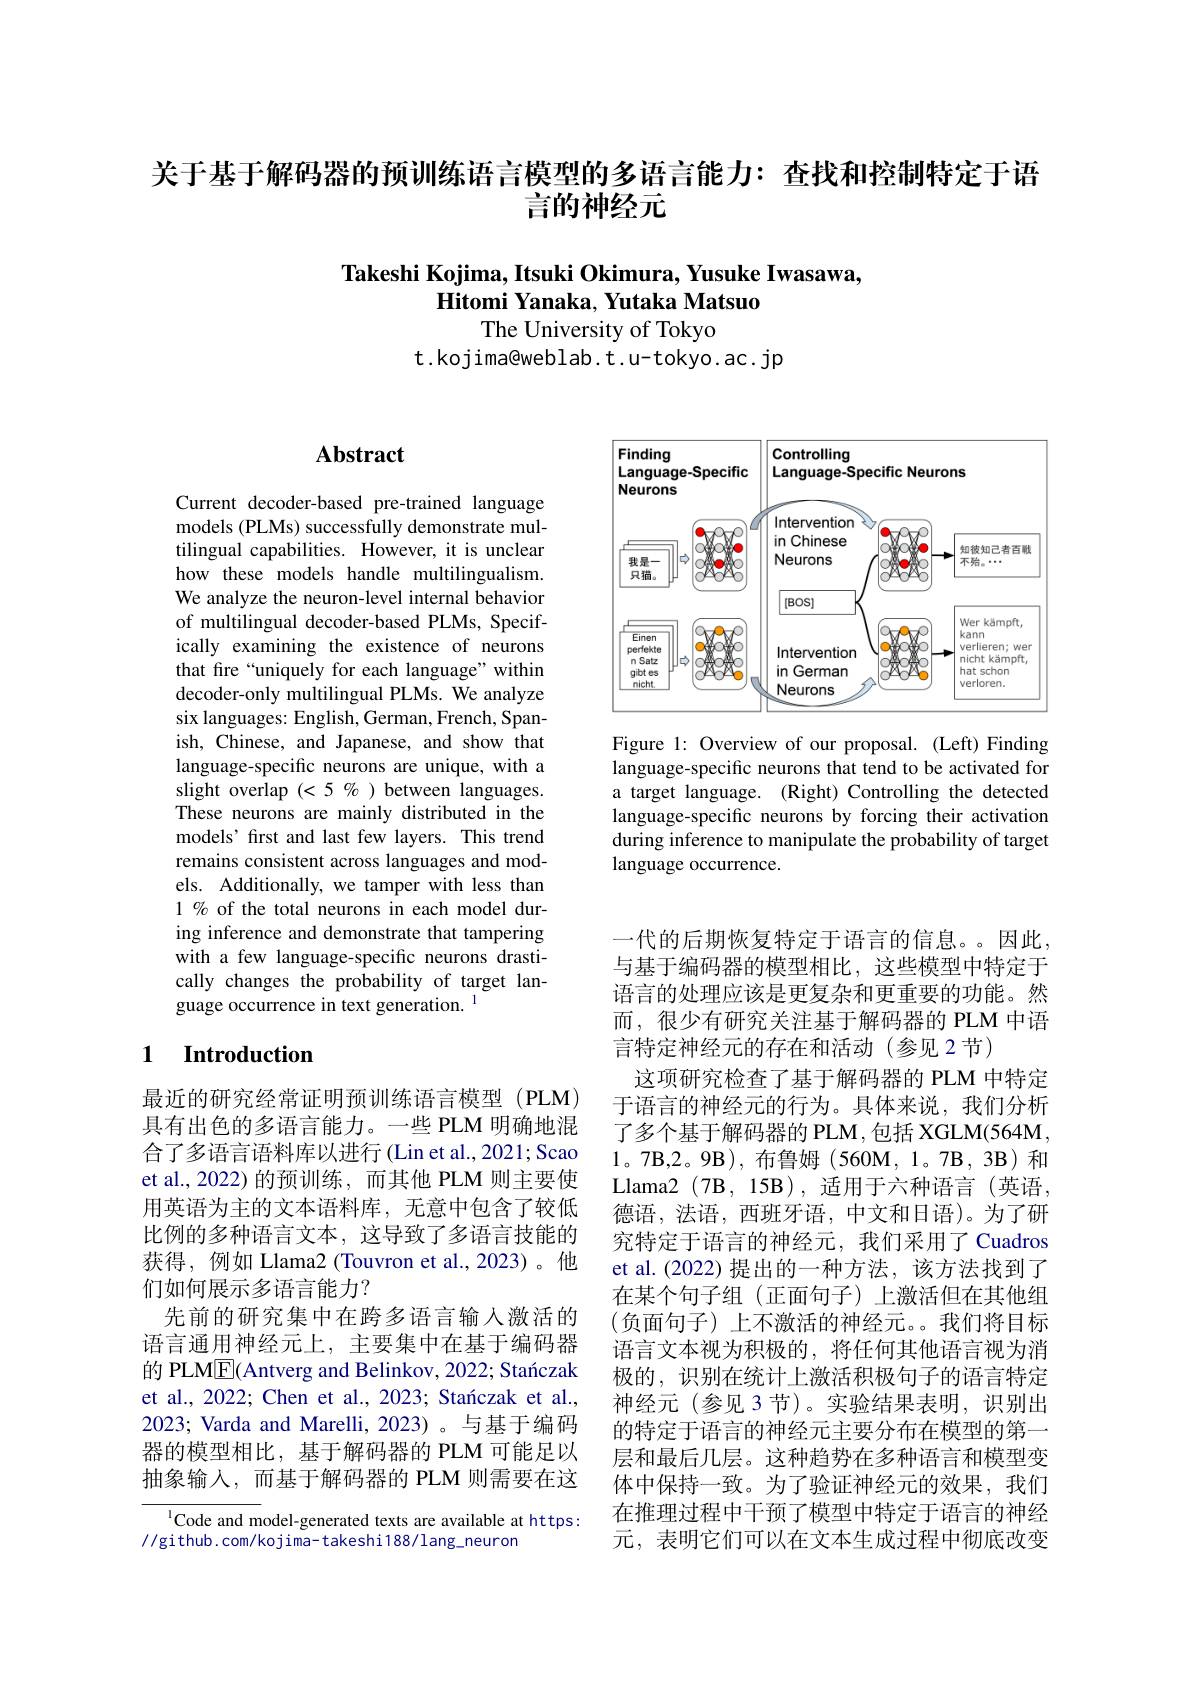
关于基于解码器的预训练语言模型的多语言能力：查找和控制特定于语
言的神经元

# Takeshi Kojima, Itsuki Okimura, Yusuke Iwasawa, Hitomi Yanaka, Yutaka Matsuo The University of Tokyo

t.kojima@weblab.t.u-tokyo.ac.jp

# Abstract

Current decoder-based pre-trained language models (PLMs) successfully demonstrate multilingual capabilities. However, it is unclear how these models handle multilingualism. We analyze the neuron-level internal behavior of multilingual decoder-based PLMs, Specifically examining the existence of neurons that fire “uniquely for each language”within decoder-only multilingual PLMs. We analyze six languages: English, German, French, Spanish, Chinese, and Japanese, and show that language-specific neurons are unique, with a slight overlap $(<5\%)$ between languages. These neurons are mainly distributed in the models’frst and last few layers. This trend remains consistent across languages and models. Additionally, we tamper with less than 1% of the total neurons in each model during inference and demonstrate that tampering with a few language-specific neurons drastically changes the probability of target language occurrence in text generation. $^{\mathrm{l}}$

### 1 $\textbf{Introduction}$

最近的研究经常证明预训练语言模型(PLM) 具有出色的多语言能力。一些 PLM 明确地混合了多语言语料库以进行(Lin et al.,2021; Scao et al.,2022)的预训练，而其他 PLM 则主要使用英语为主的文本语料库，无意中包含了较低比例的多种语言文本，这导致了多语言技能的获得，例如 Llama2(Touvron et al.,2023)。他们如何展示多语言能力？
先前的研究集中在跨多语言输人激活的语言通用神经元上，主要集中在基于编码器的 PLM$\boxed{\mathrm{E}}$(Antverg and Belinkov, 2022; Stańczak et al., 2022; Chen et al., 2023; Stanczak et al., 2023; Varda and Marelli, 2023) 。与基于编码器的模型相比，基于解码器的 PLM 可能足以抽象输入，而基于解码器的 PLM 则需要在这

$^{1}$Code and model-generated texts are available at https:
//github.com/kojima-takeshi188/lang\_neuron

<FigureHere>

Figure 1: Overview of our proposal. (Left) Finding language-specific neurons that tend to be activated for a target language. (Right) Controlling the detected language-specific neurons by forcing their activation during inference to manipulate the probability of target language occurrence.

一代的后期恢复特定于语言的信息。因此， 与基于编码器的模型相比，这些模型中特定于语言的处理应该是更复杂和更重要的功能。然而，很少有研究关注基于解码器的 PLM 中语言特定神经元的存在和活动(参见2节)
这项研究检查了基于解码器的 PLM 中特定于语言的神经元的行为。具体来说，我们分析了多个基于解码器的 PLM,包括 XGLM(564M, 1。7B,2。9B),布鲁姆(560M,1。7B,3B)和Llama2 ( 7B, 15B) , 适用于六种语言(英语， 德语，法语，西班牙语，中文和日语)。为了研究特定于语言的神经元，我们采用了 Cuadros et al.(2022)提出的一种方法，该方法找到了在某个句子组(正面句子)上激活但在其他组(负面句子)上不激活的神经元。我们将目标语言文本视为积极的，将任何其他语言视为消极的，识别在统计上激活积极句子的语言特定神经元(参见 3节)。实验结果表明，识别出的特定于语言的神经元主要分布在模型的第一层和最后几层。这种趋势在多种语言和模型变体中保持一致。为了验证神经元的效果，我们在推理过程中干预了模型中特定于语言的神经元，表明它们可以在文本生成过程中彻底改变